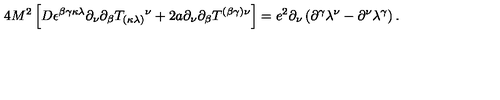
{ 4 M ^ { 2 } } \left[ D \epsilon ^ { \beta \gamma \kappa \lambda } \partial _ { \nu } { \partial _ { \beta } } T _ { ( \kappa \lambda ) } { } ^ { \nu } + 2 a \partial _ { \nu } { \partial _ { \beta } } T ^ { ( \beta \gamma ) \nu } \right] = e ^ { 2 } \partial _ { \nu } \left( { \partial } ^ { \gamma } \lambda ^ { \nu } - { \partial } ^ { \nu } \lambda ^ { \gamma } \right) .